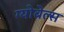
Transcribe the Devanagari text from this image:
ग्योबेल्स